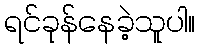
ရင်ခုန်နေခဲ့သူပါ။